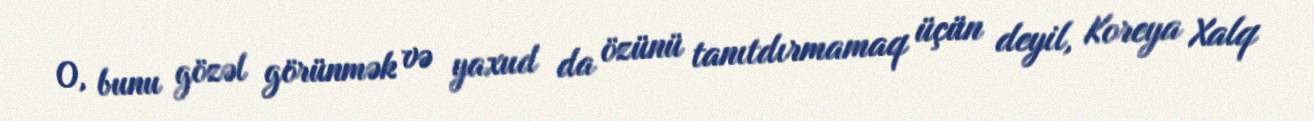
O, bunu gözəl görünmək və yaxud da özünü tanıtdırmamaq üçün deyil, Koreya Xalq